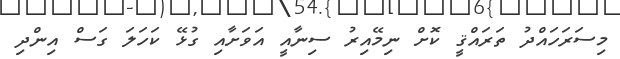
މިސަރަހައްދު ތަރައްޤީ ކޮށް ނިމޭއިރު ސިނާއީ އަވަށާއި ގުޅޭ ކަހަލަ ގަސް އިންދި